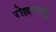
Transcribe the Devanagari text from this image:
रोल्लापाडु